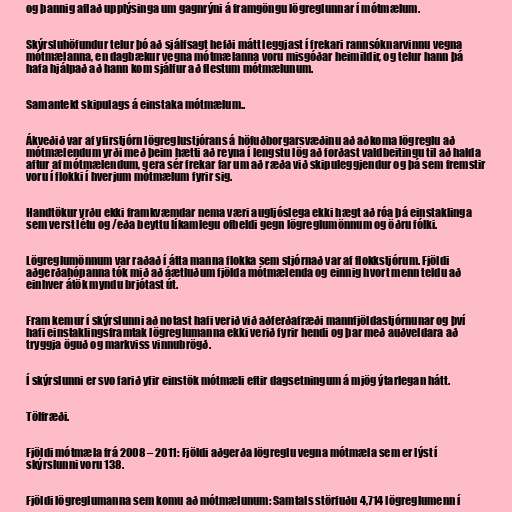
og þannig aflað upplýsinga um gagnrýni á framgöngu lögreglunnar í mótmælum.

Skýrsluhöfundur telur þó að sjálfsagt hefði mátt leggjast í frekari rannsóknarvinnu vegna
mótmælanna, en dagbækur vegna mótmælanna voru misgóðar heimildir, og telur hann þá
hafa hjálpað að hann kom sjálfur að flestum mótmælunum.

Samantekt skipulags á einstaka mótmælum..

Ákveðið var af yfirstjórn lögreglustjórans á höfuðborgarsvæðinu að aðkoma lögreglu að
mótmælendum yrði með þeim hætti að reyna í lengstu lög að forðast valdbeitingu til að halda
aftur af mótmælendum, gera sér frekar far um að ræða við skipuleggjendur og þá sem fremstir
voru í flokki í hverjum mótmælum fyrir sig.

Handtökur yrðu ekki framkvæmdar nema væri augljóslega ekki hægt að róa þá einstaklinga
sem verst létu og /eða beyttu líkamlegu ofbeldi gegn lögreglumönnum og öðru fólki.

Lögreglumönnum var raðað í átta manna flokka sem stjórnað var af flokkstjórum. Fjöldi
aðgerðahópanna tók mið að áætluðum fjölda mótmælenda og einnig hvort menn teldu að
einhver átök myndu brjótast út.

Fram kemur í skýrslunni að notast hafi verið við aðferðafræði mannfjöldastjórnunar og því
hafi einstaklingsframtak lögreglumanna ekki verið fyrir hendi og þar með auðveldara að
tryggja öguð og markviss vinnubrögð.

Í skýrslunni er svo farið yfir einstök mótmæli eftir dagsetningum á mjög ýtarlegan hátt.

Tölfræði.

Fjöldi mótmæla frá 2008 – 2011: Fjöldi aðgerða lögreglu vegna mótmæla sem er lýst í
skýrslunni voru 138.

Fjöldi lögreglumanna sem komu að mótmælunum: Samtals störfuðu 4,714 lögreglumenn í